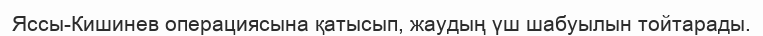
Яссы-Кишинев операциясына қатысып, жаудың үш шабуылын тойтарады.